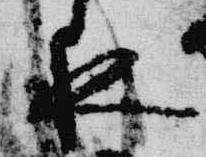
夜